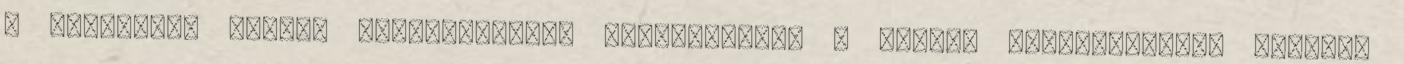
a szükséges magyar közigazgatási szaknyelvet. A kisebb településeken ugyanis